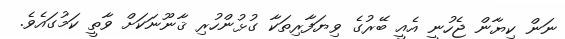
ނަން ކިޔާން ޖެހުނީ އެއީ ބޭރުގެ ވިޔަފާރިތަކާ ގުޅުންހުރި ޤާނޫނަކަށް ވާތީ ކަމުގައެވެ.